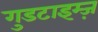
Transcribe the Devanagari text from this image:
गुडटाइम्ज़